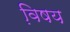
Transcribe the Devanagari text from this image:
वि़षय